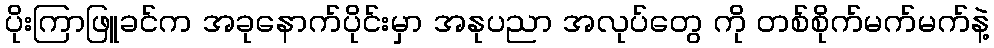
ပိုးကြာဖြူခင်က အခုနောက်ပိုင်းမှာ အနုပညာ အလုပ်တွေ ကို တစ်စိုက်မက်မက်နဲ့